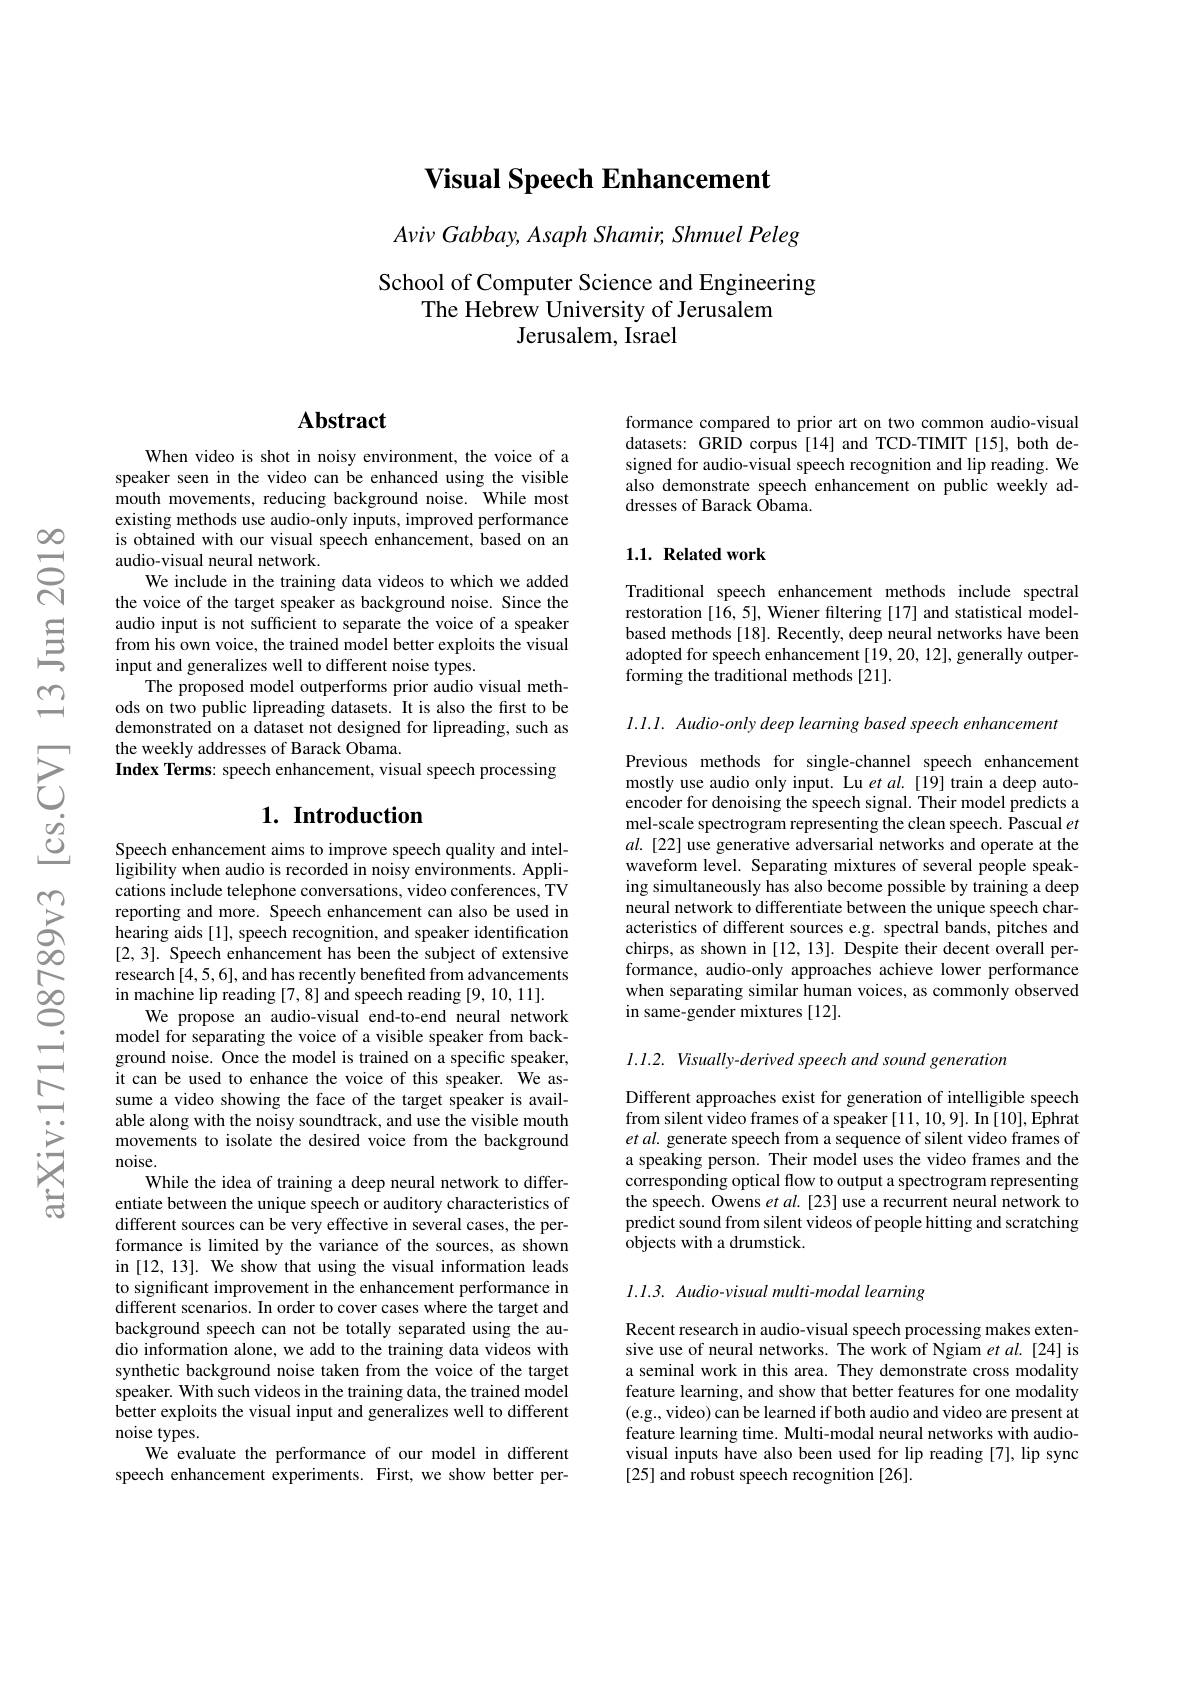
Visual Speech Enhancement

$Aviv\textit{Gabbay, Asaph Shamir, Shmuel Peleg}$

# School of Computer Science and Engineering The Hebrew University of Jerusalem Jerusalem, Israel

## $\mathbf{Abstract}$

When video is shot in noisy environment, the voice of a speaker seen in the video can be enhanced using the visible mouth movements, reducing background noise. While most existing methods use audio-only inputs, improved performance is obtained with our visual speech enhancement, based on an audio-visual neural network.
We include in the training data videos to which we added the voice of the target speaker as background noise. Since the audio input is not sufficient to separate the voice of a speaker from his own voice, the trained model better exploits the visual input and generalizes well to different noise types.
The proposed model outperforms prior audio visual methods on two public lipreading datasets. It is also the first to be demonstrated on a dataset not designed for lipreading, such as the weekly addresses of Barack Obama.
Index Terms: speech enhancement, visual speech processing

## $1. \textbf{ Introduction}$

Speech enhancement aims to improve speech quality and intelligibility when audio is recorded in noisy environments. Applications include telephone conversations, video conferences, TV reporting and more. Speech enhancement can also be used in hearing aids [1], speech recognition, and speaker identification [2,3]. Speech enhancement has been the subject of extensive research [4,5,6], and has recently benefited from advancements in machine lip reading [7,8] and speech reading [9, 10, 11].
We propose an audio-visual end-to-end neural network model for separating the voice of a visible speaker from background noise. Once the model is trained on a specific speaker, it can be used to enhance the voice of this speaker. We assume a video showing the face of the target speaker is available along with the noisy soundtrack, and use the visible mouth movements to isolate the desired voice from the background noise.
While the idea of training a deep neural network to differentiate between the unique speech or auditory characteristics of different sources can be very effective in several cases, the performance is limited by the variance of the sources, as shown in [12, 13]. We show that using the visual information leads to significant improvement in the enhancement performance in different scenarios. In order to cover cases where the target and background speech can not be totally separated using the audio information alone, we add to the training data videos with synthetic background noise taken from the voice of the target speaker. With such videos in the training data, the trained model better exploits the visual input and generalizes well to different noise types.
We evaluate the performance of our model in different speech enhancement experiments. First, we show better per-

formance compared to prior art on two common audio-visual datasets: GRID corpus [14] and TCD-TIMIT [15], both designed for audio-visual speech recognition and lip reading. We also demonstrate speech enhancement on public weekly addresses of Barack $\dot{\text{Obama}}.$

## 1.1. Related work

Traditional speech enhancement methods include spectral restoration [16, 5], Wiener filtering [17] and statistical modelbased methods [18]. Recently, deep neural networks have been adopted for speech enhancement [19,20,12], generally outperforming the traditional methods [21].

I.I.I. Audio-only deep learning based speech enhancement

Previous methods for single-channel speech enhancement mostly use audio only input. Lu $et\textit{al. [ 19] train a deep auto- }$ encoder for denoising the speech signal. Their model predicts a mel-scale spectrogram representing the clean speech. Pascual $et$ $al.$ [22] use generative adversarial networks and operate at the waveform level. Separating mixtures of several people speaking simultaneously has also become possible by training a deep neural network to differentiate between the unique speech characteristics of different sources e.g. spectral bands, pitches and chirps, as shown in [12, 13]. Despite their decent overall performance, audio-only approaches achieve lower performance when separating similar human voices, as commonly observed in same-gender mixtures [12].

I.1.2. Visually-derived speech and sound generation

Different approaches exist for generation of intelligible speech from silent video frames of a speaker [11,10,9]. In [10], Ephrat et al. generate speech from a sequence of silent video frames of a speaking person. Their model uses the video frames and the corresponding optical flow to output a spectrogram representing the speech. Owens et al. [23] use a recurrent neural network to predict sound from silent videos of people hitting and scratching objects with a drumstick.

$l. l. 3. \textit{ Audio- visual multi- modal learning}$

Recent research in audio-visual speech processing makes extensive use of neural networks. The work of Ngiam et al. [24] is a seminal work in this area. They demonstrate cross modality feature learning, and show that better features for one modality (e.g., video) can be learned if both audio and video are present at feature learning time. Multi-modal neural networks with audiovisual inputs have also been used for lip reading [7], lip sync [25] and robust speech recognition [26].